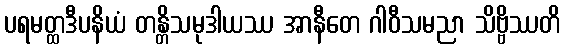
ပရမတ္ထဒီပနိယံ တန္တိသမုဒါယဿ အာနီတေ ဂါဝီသမညာ သိဗ္ဗိဿတိ